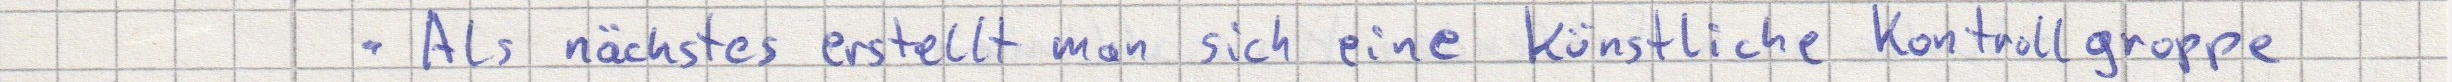
. Als nächstes erstellt man sich eine künstliche Kontrollgruppe